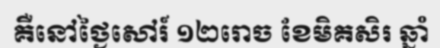
គឺនៅថ្ងៃសៅរ៍ ១២រោច ខែមិគសិរ ឆ្នាំ